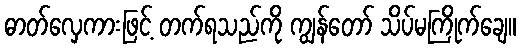
ဓာတ်လှေကားဖြင့် တက်ရသည်ကို ကျွန်တော် သိပ်မကြိုက်ချေ။